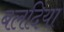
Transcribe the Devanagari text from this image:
बलदिया